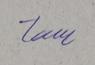
Signature authenticity: genuine